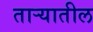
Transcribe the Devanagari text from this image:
ताऱ्यातील